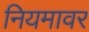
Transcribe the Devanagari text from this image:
नियमावर